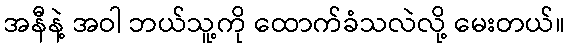
အနီနဲ့ အဝါ ဘယ်သူ့ကို ထောက်ခံသလဲလို့ မေးတယ်။